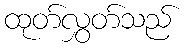
ထုတ်လွှတ်သည်